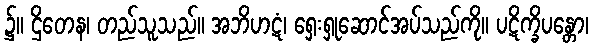
၌။ ဌိတေန၊ တည်သူသည်။ အဘိဟဋံ၊ ရှေးရှုဆောင်အပ်သည်ကို။ ပဋိက္ခိပန္တော၊